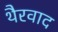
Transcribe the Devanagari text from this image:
थैरवाद